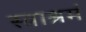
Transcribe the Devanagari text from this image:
स्वाश्रमं